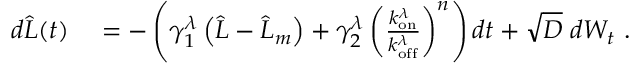
\begin{array} { r l } { d \widehat { L } ( t ) } & { { } = - \left( \gamma _ { 1 } ^ { \lambda } \left( \widehat { L } - \widehat { L } _ { m } \right) + \gamma _ { 2 } ^ { \lambda } \left( \frac { k _ { \mathrm { o n } } ^ { \lambda } } { k _ { \mathrm { o f f } } ^ { \lambda } } \right) ^ { n } \right) d t + \sqrt { D } \; d W _ { t } \ . } \end{array}